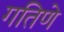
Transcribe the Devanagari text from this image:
गतिणे